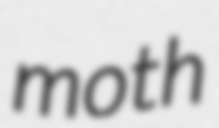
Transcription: moth